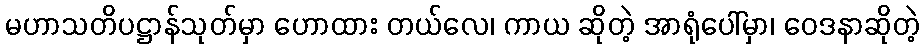
မဟာသတိပဋ္ဌာန်သုတ်မှာ ဟောထား တယ်လေ၊ ကာယ ဆိုတဲ့ အာရုံပေါ်မှာ၊ ဝေဒနာဆိုတဲ့